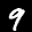
Label: 9